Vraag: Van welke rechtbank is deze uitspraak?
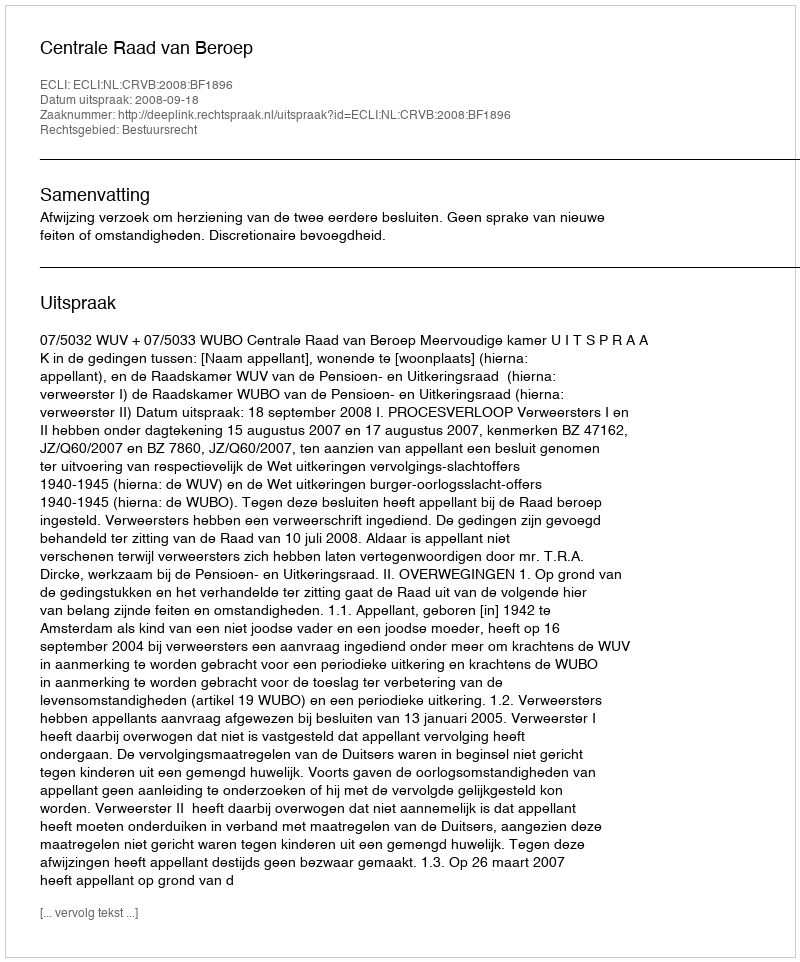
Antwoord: Centrale Raad van Beroep